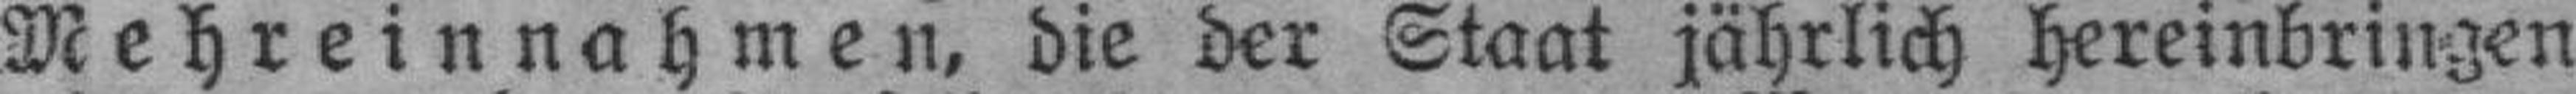
Mehreinnahmen, die der Staat jährlich hereinbringen